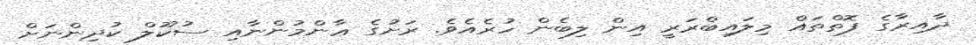
ދާއިރާގެ ފޮތްތައް މިލައިބްރަރީ އިން ލިބެން ހުރެއެވެ. ރަށުގެ ޢާންމުންނާއި ސުކޫލް ކުދިންނަށް